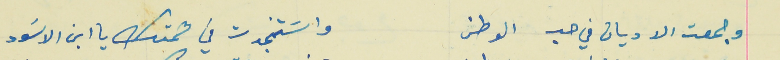
وجمعت الاديان في حب الوطن                                واسَتنجدت في همتك يا ابن الاسَود